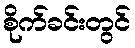
စိုက်ခင်းတွင်